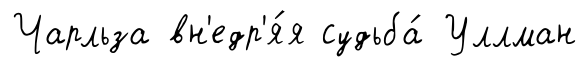
Чарльза вн'едр'я́я судьба́ Уллман